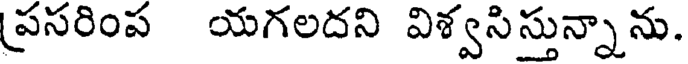
ప్రసరింప యగలదని విశ్వసిస్తున్నాను.